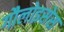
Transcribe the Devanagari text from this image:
गौलोइसेस